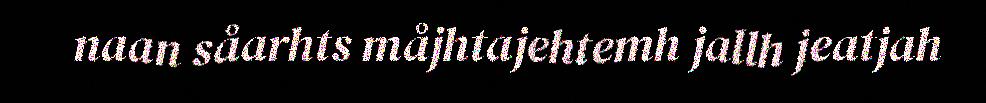
naan såarhts måjhtajehtemh jallh jeatjah